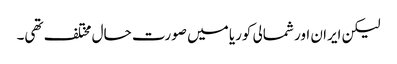
لیکن ایران اور شمالی کوریا میں صورت حال مختلف تھی۔